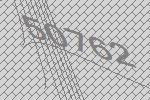
50762